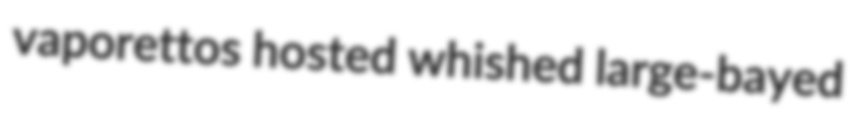
vaporettos hosted whished large-bayed